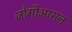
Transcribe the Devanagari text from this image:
जोगीआसन